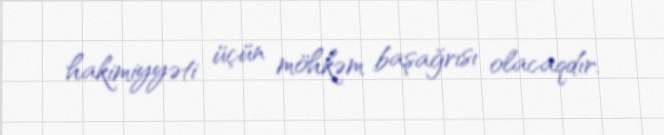
hakimiyyəti üçün möhkəm başağrısı olacaqdır.